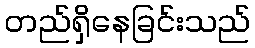
တည်ရှိနေခြင်းသည်